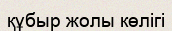
құбыр жолы көлігі